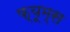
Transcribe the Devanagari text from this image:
फ़्यूम्स